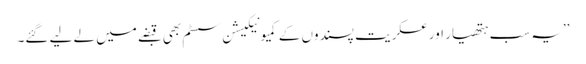
’’یہ سب ہتھیار اور عسکریت پسندوں کے کمیونیکیشن سسٹم بھی قبضے میں لے لیے گئے۔